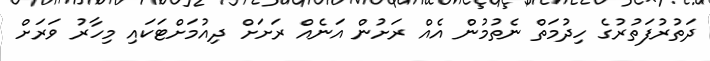
ދަތުރުފަތުރުގެ ހިދުމަތް ނެތުމުން އެއް ރަށުން އަނެއް ރަށަށް ދިއުމަށްޓަކައި މިހާރު ވަރަށް